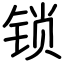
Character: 锁